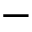
-